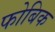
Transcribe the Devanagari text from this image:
फोबिक